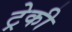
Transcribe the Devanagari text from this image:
ट्रेकी